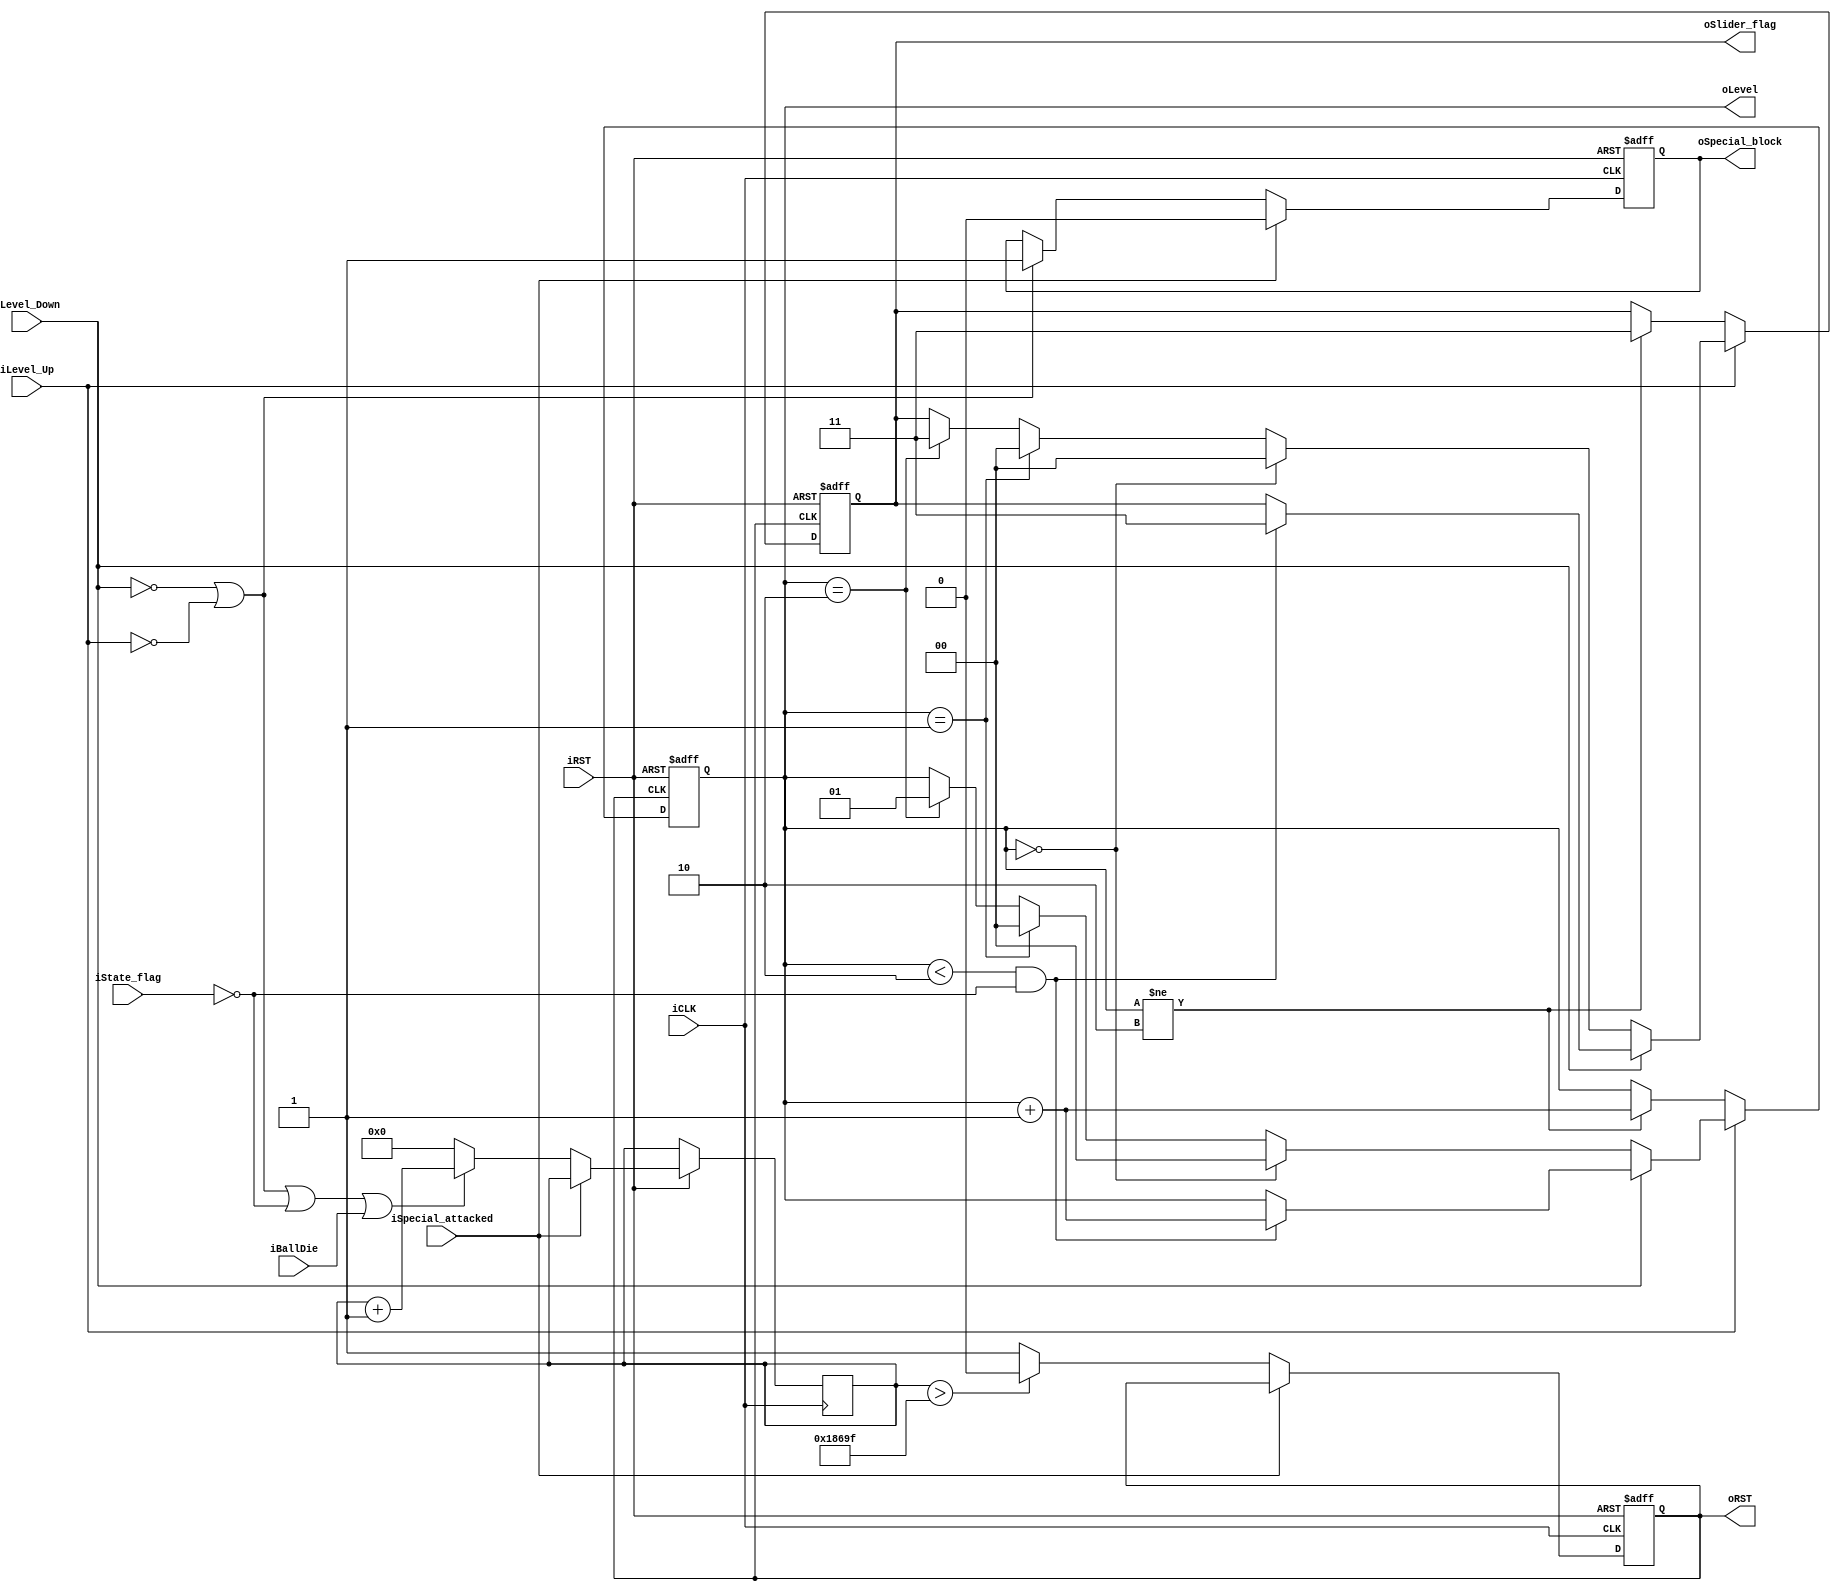
module Level_CTRL(
    iState_flag,
    iLevel_Up,
    iLevel_Down,
    iCLK,
    iRST,
    iBallDie,
    iSpecial_attacked,
    //output level
    oLevel,
    oSlider_flag,
    oSpecial_block,
    oRST
);
input iCLK;
input iRST;
input iLevel_Up;
input iLevel_Down;
input [299:0] iState_flag;
input iBallDie;
input iSpecial_attacked;

output reg [1:0] oLevel;
output reg [1:0] oSlider_flag;
output reg oSpecial_block;
output reg oRST;


// parameter SAMPLE_TIME = 16'd4999 ;
// reg [16:0] Count_Level_down_low ,Count_Level_down_high ;
reg [40:0] oRST_COUNT;

initial begin
    oLevel = 2'b00;
    oSlider_flag = 2'b00;
    oSpecial_block = 1;
end

wire COUNT_ACT ;
wire PASS_LEVEL;
// assign COUNT_ACT = (!iLevel_Down) || (!iLevel_Up) || (iState_flag==0) || iBallDie;
assign COUNT_ACT = (!iLevel_Down) || (!iLevel_Up) || (iState_flag==0) || iBallDie;
assign PASS_LEVEL = (iState_flag == 0);



always @(posedge iCLK or negedge iRST)
begin
    if(!iRST)
    begin
        oRST = 0;
        oSpecial_block = 1;
        // oSlider_flag[2] = 1;
    end
    else if(iSpecial_attacked == 1)
            oSpecial_block = 0;
    else
    begin
	    oRST <= (oRST_COUNT > 99999)       ? 0 :  1 ;
        if(COUNT_ACT)
            oRST_COUNT = oRST_COUNT + 1;
        else
            oRST_COUNT = 0;
        if(!iLevel_Up || !iLevel_Down)
            oSpecial_block = 1;
    end
end

always @(negedge oRST  or negedge iRST )
begin
    if(!iRST)
    begin
        oLevel <= 0;
        oSlider_flag[1:0] <=2'b00;
    end
    
    else if(!iLevel_Up)
    begin
        if(oLevel != 2) begin
            oLevel <= oLevel + 1;
            oSlider_flag[1:0] <= 2'b11;
        end
        else begin
            oLevel <= oLevel;
        end
    end
    else if(!iLevel_Down)
    begin
        if(oLevel == 0) begin
            oLevel <= 0;
            oSlider_flag[1:0] <= 2'b00;
        end
        else if(oLevel == 1) begin
            oLevel <= 0;
            oSlider_flag[1:0] <= 2'b00;
        end
        else if(oLevel ==2) begin
            oLevel <= 1;
            oSlider_flag[1:0] <= 2'b11;
        end
    end
    else if (oLevel < 2 && iState_flag==0)begin
        oLevel <= oLevel + 1;
        oSlider_flag[1:0] <= 2'b11;
    end
end



endmodule